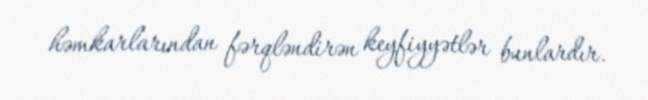
həmkarlarından fərqləndirən keyfiyyətlər bunlardır.